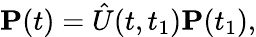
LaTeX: \mathbf{P}(t)=\hat{U}(t,t_{1})\mathbf{P}(t_{1}),